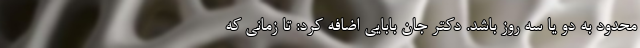
محدود به دو یا سه روز باشد. دکتر جان بابایی اضافه کرد: تا زمانی که